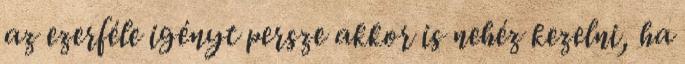
az ezerféle igényt persze akkor is nehéz kezelni, ha